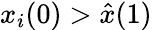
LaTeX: x_{i}(0)>\hat{x}(1)